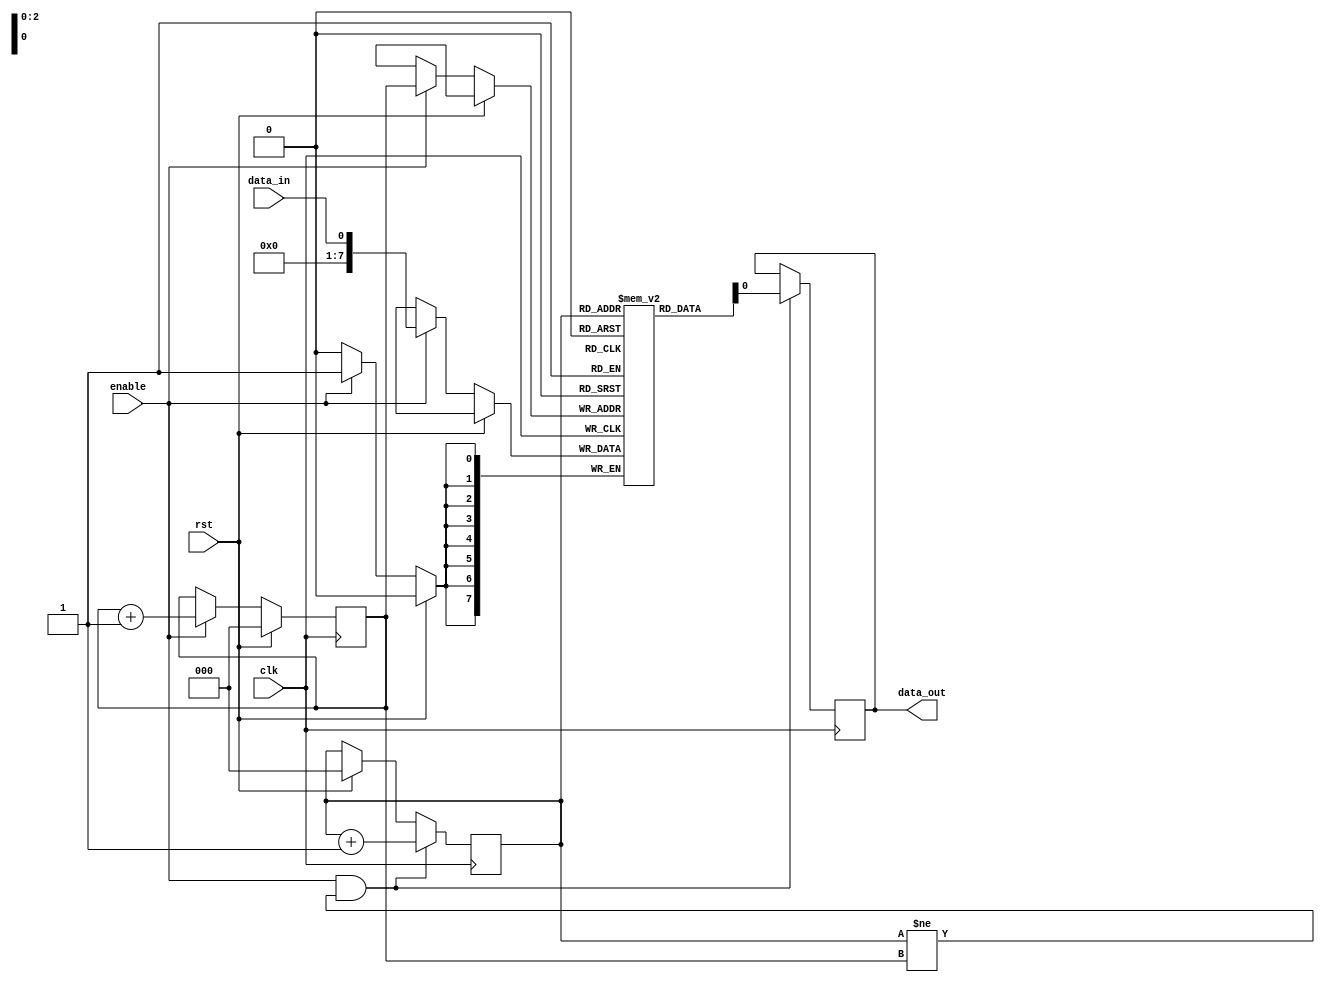
module lifo(
    input wire clk,
    input wire rst,
    input wire enable,
    input wire data_in,
    output reg data_out
);

reg [7:0] memory [0:7]; // register-based memory unit with 8 locations
reg [2:0] write_ptr = 0; // write pointer
reg [2:0] read_ptr = 0; // read pointer

always @ (posedge clk) begin
    if (rst) begin
        write_ptr <= 0;
        read_ptr <= 0;
    end else if (enable) begin
        memory[write_ptr] <= data_in;
        write_ptr <= write_ptr + 1;
    end
    
    if (enable && read_ptr != write_ptr) begin
        data_out <= memory[read_ptr];
        read_ptr <= read_ptr + 1;
    end
end

endmodule